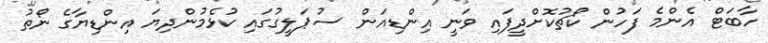
ހާބަޓް އެންމެ ފަހުން ކޯޗުކޮށްދީފައި ވަނީ އިންޑިއަން ސުޕަލީގުގައި ކުޅެމުންދިޔަ އިންޑިޔާގެ ނޯތު